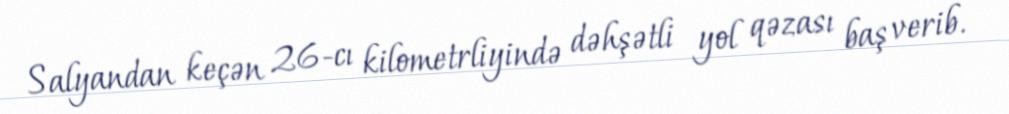
Salyandan keçən 26-cı kilometrliyində dəhşətli yol qəzası baş verib.